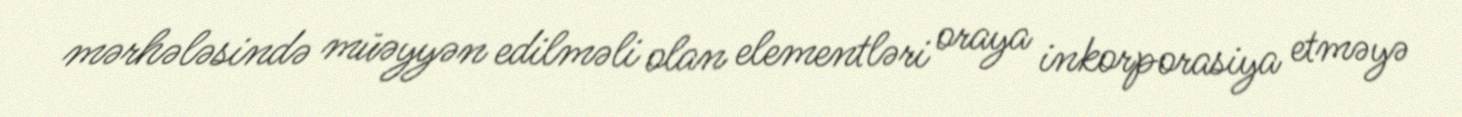
mərhələsində müəyyən edilməli olan elementləri oraya inkorporasiya etməyə